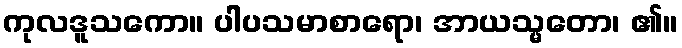
ကုလဒူသကော။ ပါပသမာစာရော၊ အာယသ္မတော၊ ၏။